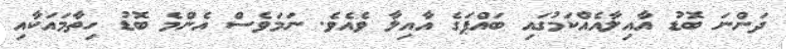
ދަންނަ ބޮޑު އާއިލާއެއްކަމުގައި ބައްޕަގެ އާއިލާ ވެއެވެ. ނަމަވެސް އެންމެ ބޮޑު ހިތާމައަކާއި